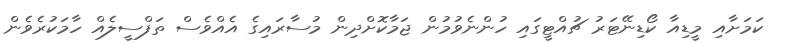
ކަމަށާއި މީޑިއާ ކޯޑިނޭޓަރު ޗުއްޓީގައި ހުންނެވުމުން ޖަމާކޮށްދިން މުސާރައިގެ އެއްވެސް ތަފްސީލެއް ހާމަކުރެވެން